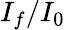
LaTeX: I_{f}/I_{0}